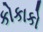
કોકાકો